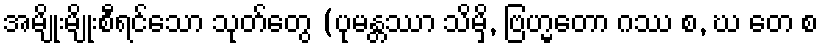
အမျိုးမျိုးစီရင်သော သုတ်တွေ (ပုမန္တဿာ သိမှိ, ဗြဟ္မတော ဂဿ စ, ဃ တေ စ